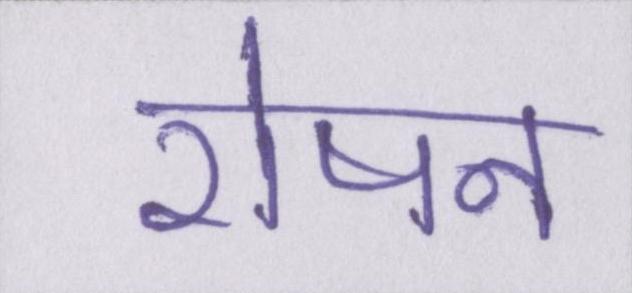
रोषन